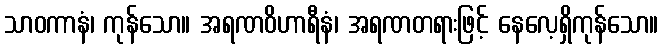
သာဝကာနံ၊ ကုန်သော။ အရဏဝိဟာရီနံ၊ အရဏတရားဖြင့် နေလေ့ရှိကုန်သော။